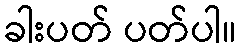
ခါးပတ် ပတ်ပါ။